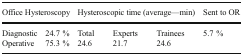
<table><thead><tr><td colspan="2"><b>Office Hysteroscopy</b></td><td colspan="3"><b>Hysteroscopic time (average—min)</b></td><td><b>Sent to OR</b></td></tr></thead><tbody><tr><td>Diagnostic</td><td>24.7 %</td><td>Total</td><td>Experts</td><td>Trainees</td><td rowspan="2">5.7 %</td></tr><tr><td>Operative</td><td>75.3 %</td><td>24.6</td><td>21.7</td><td>24.6</td></tr></tbody></table>